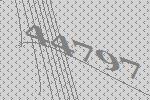
44797